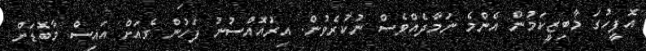
އޮފީހުގަ މާބިޒީކަމުން އެންމެ ނަމާދެއްވެސް ނުކުރެވުން. އިރުއޮއްސުނު ފަހުން ގެއަށް އައިސް މާބޮޑަށް